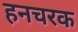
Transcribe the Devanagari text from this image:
हनचरक